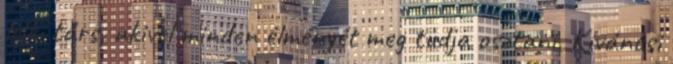
lelki társ, akivel minden élményét meg tudja osztani. Kíváncsi